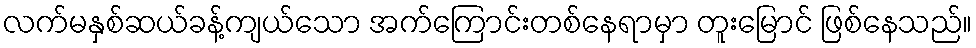
လက်မနှစ်ဆယ်ခန့်ကျယ်သော အက်ကြောင်းတစ်နေရာမှာ တူးမြောင် ဖြစ်နေသည်။